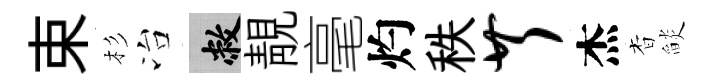
束杉冶敝靚毫灼秩芹杰杳𦦨